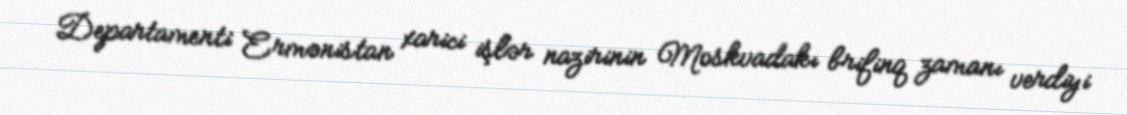
Departamenti Ermənistan xarici işlər nazirinin Moskvadakı brifinq zamanı verdiyi